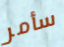
سأمر